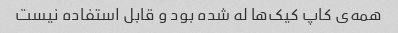
همه‌ی کاپ کیک‌ها له شده بود و قابل استفاده نیست